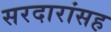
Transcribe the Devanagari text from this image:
सरदारांसह